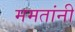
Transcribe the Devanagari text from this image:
ममतांनी